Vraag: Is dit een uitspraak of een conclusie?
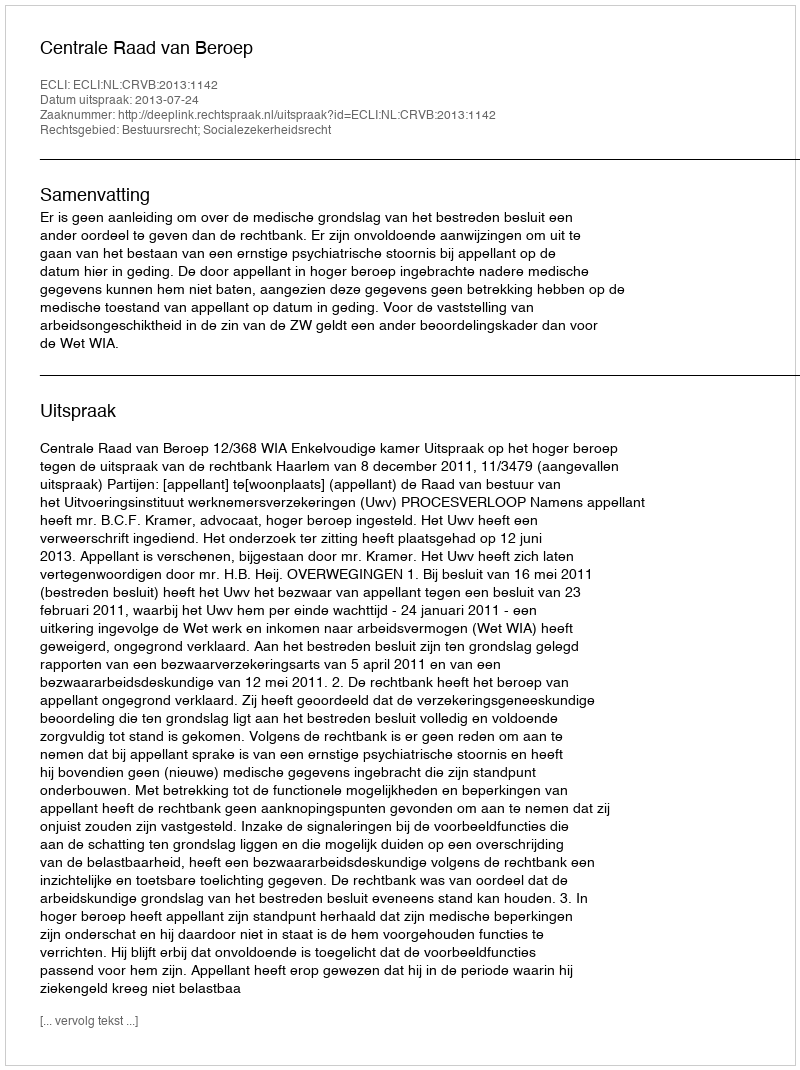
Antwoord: Uitspraak